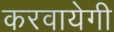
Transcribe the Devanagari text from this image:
करवायेगी